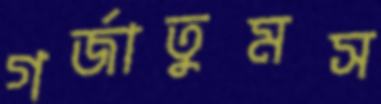
গর্‌জাতুমস